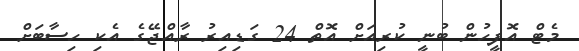
މެޓް އޮފީހުން ބުނީ ކުރިއަށް އޮތް 24 ގަޑިއިރު ރާއްޖޭގެ އެކި ހިސާބަށް